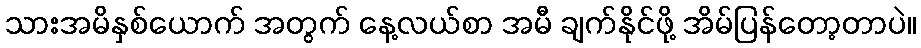
သားအမိနှစ်ယောက် အတွက် နေ့လယ်စာ အမီ ချက်နိုင်ဖို့ အိမ်ပြန်တော့တာပဲ။